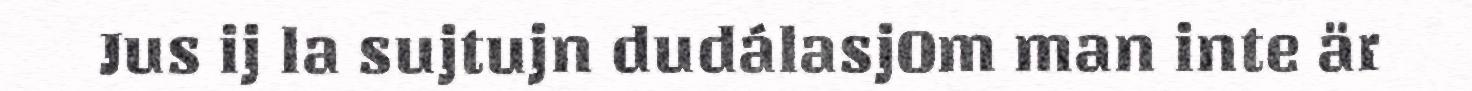
Jus ij la sujtujn dudálasjOm man inte är